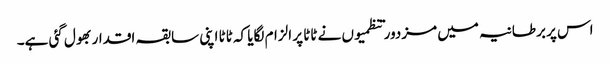
اس پر برطانیہ میں مزدور تنظمیوں نے ٹاٹا پر الزام لگایا کہ ٹاٹا اپنی سابقہ اقدار بھول گئی ہے۔